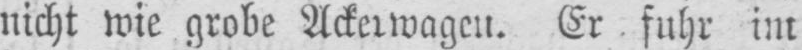
nicht wie grobe Ackerwagen. Er fuhr im